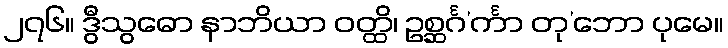
၂၇၆။ ဒွီသွဓော နာဘိယာ ဝတ္ထိ၊ ဥစ္ဆင်္ဂ’င်္ကာ တု’ဘော ပုမေ။